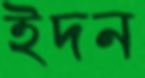
ইদন